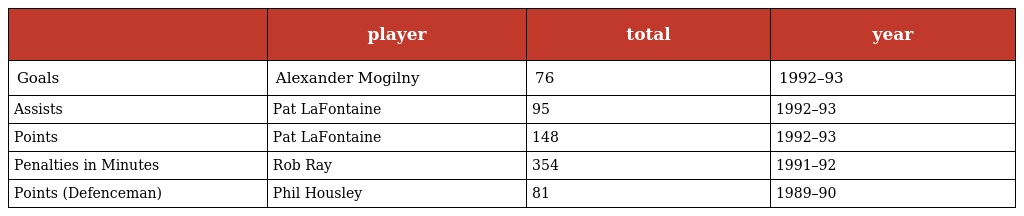
|  | player | total | year |
 | --- | --- | --- | --- |
 | Goals | Alexander Mogilny | 76 | 1992–93 |
 | Assists | Pat LaFontaine | 95 | 1992–93 |
 | Points | Pat LaFontaine | 148 | 1992–93 |
 | Penalties in Minutes | Rob Ray | 354 | 1991–92 |
 | Points (Defenceman) | Phil Housley | 81 | 1989–90 |